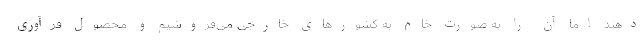
دهند اما آن را به صورت خام به کشورهای خارجی می‌فروشیم و محصول فرآوری